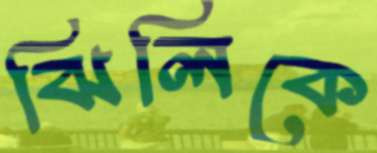
ঝিলিকে